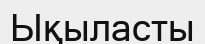
Ықыласты